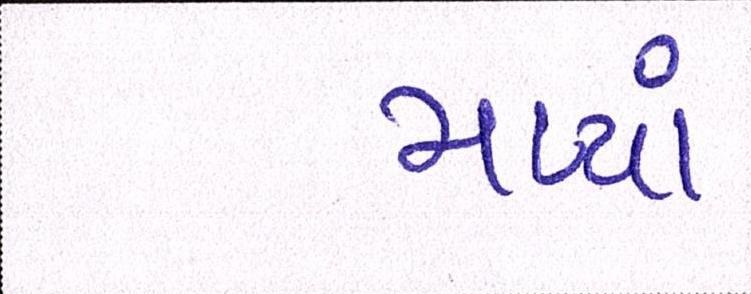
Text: મળ્યાં